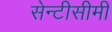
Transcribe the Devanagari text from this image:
सेन्टीसीमी